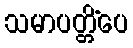
သမာပတ္တိံပေ